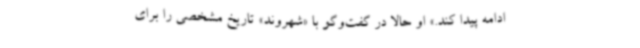
ادامه پیدا کند.» او حالا در گفت‌وگو با «شهروند» تاریخ مشخصی را برای